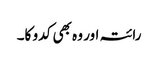
رائتہ اور وہ بھی کدو کا۔